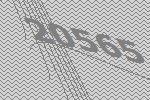
20565